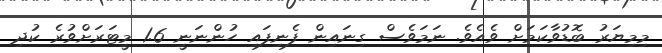
މިމިޔަރު ބޮޑުވާކަމަށް ވެއެވެ. ނަމަވެސް ގިނައިން ފެނިފައި ހުންނަނީ 1.6 މީޓަރަށްވުރެ ކުދި